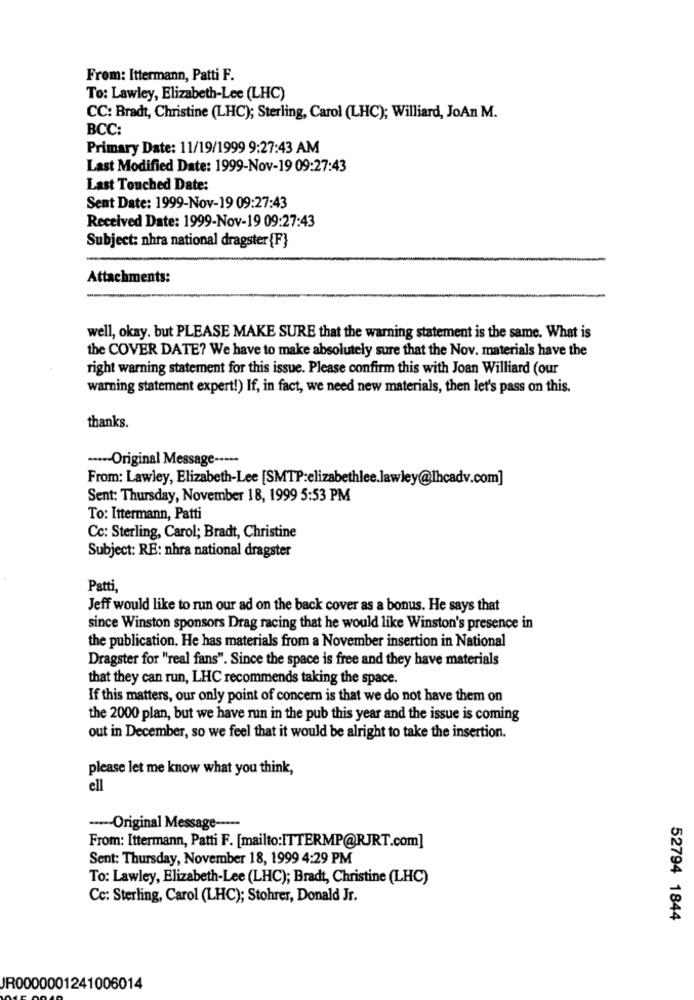
From: Ittermann, Patti F.
To: Lawley, Elizabeth-Lee (LHC)
CC: Bradt, Christine (LHC); Sterling, Carol (LHC); Williard, JoAn M.
BCC:
Primary Date: 11/19/1999 9:27:43 AM
Last Modified Date: 1999-Nov-19 09:27:43
Last Touched Date:
Sent Date: 1999-Nov-19 09:27:43
Received Date: 1999-Nov-19 09:27:43
Subject: nhra national dragster {F}
Attachments:
well, okay. but PLEASE MAKE SURE that the warning statement is the same. What is
the COVER DATE? We have to make absolutely sure that the Nov. materials have the
right warning statement for this issue. Please confirm this with Joan Williard (our
warning statement expert!) If, in fact, we need new materials, then let's pass on this.
thanks.
----- Original Message -----
From: Lawley, Elizabeth-Lee [SMTP:elizabethlee.lawley@lhcadv.com]
Sent: Thursday, November 18, 1999 5:53 PM
To: Ittermann, Patti
Cc: Sterling, Carol; Bradt, Christine
Subject: RE: nhra national dragster
Patti
Jeff would like to run our ad on the back cover as a bonus. He says that
since Winston sponsors Drag racing that he would like Winston's presence in
the publication. He has materials from a November insertion in National
Dragster for "real fans". Since the space is free and they have materials
that they can run, LHC recommends taking the space.
If this matters, our only point of concern is that we do not have them on
the 2000 plan, but we have run in the pub this year and the issue is coming
out in December, so we feel that it would be alright to take the insertion.
please let me know what you think,
ell
----- Original Message -----
From: Ittermann, Patti F. [mailto:ITTERMP@RJRT.com]
Sent: Thursday, November 18, 1999 4:29 PM
To: Lawley, Elizabeth-Lee (LHC); Bradt, Christine (LHC)
Cc: Sterling, Carol (LHC); Stohrer, Donald Jr.
52794 1844
JR0000001241006014